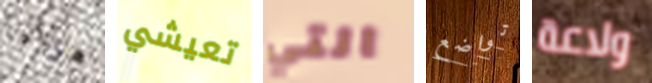
هراء تعيشي التي تواضع ولاعة